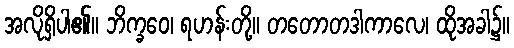
အလိုရှိပါ၏။ ဘိက္ခဝေ၊ ရဟန်းတို့။ တတောတဒါကာလေ၊ ထိုအခါ၌။